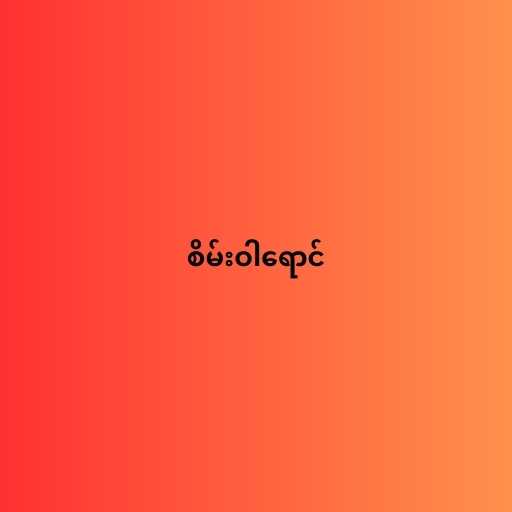
စိမ်းဝါရောင်